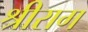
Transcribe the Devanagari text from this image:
श्रीराग